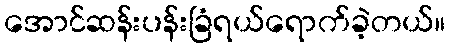
အောင်ဆန်းပန်းခြံရယ်ရောက်ခဲ့တယ်။